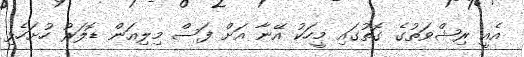
އެއީ ރިޝްވަތުގެ ގޮތުގައި މީހަކު އޭނާ އަށް ފަސް މިލިއަން ޑޮލަރު ހުށަހެޅި